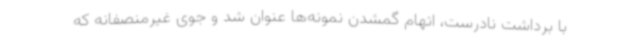
با برداشت نادرست، اتهام گمشدن نمونه‌ها عنوان شد و جوی غیرمنصفانه که